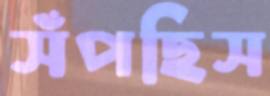
সঁপছিস